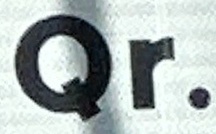
Qr.